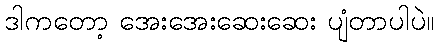
ဒါကတော့ အေးအေးဆေးဆေး ပျံတာပါပဲ။